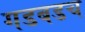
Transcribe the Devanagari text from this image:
गडबडच